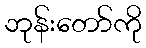
ဘုန်းတော်ကို